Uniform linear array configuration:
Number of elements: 4
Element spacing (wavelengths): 1
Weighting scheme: hamming
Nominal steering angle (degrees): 30
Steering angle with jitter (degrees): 31.923
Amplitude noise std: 0.05
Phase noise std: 0.05

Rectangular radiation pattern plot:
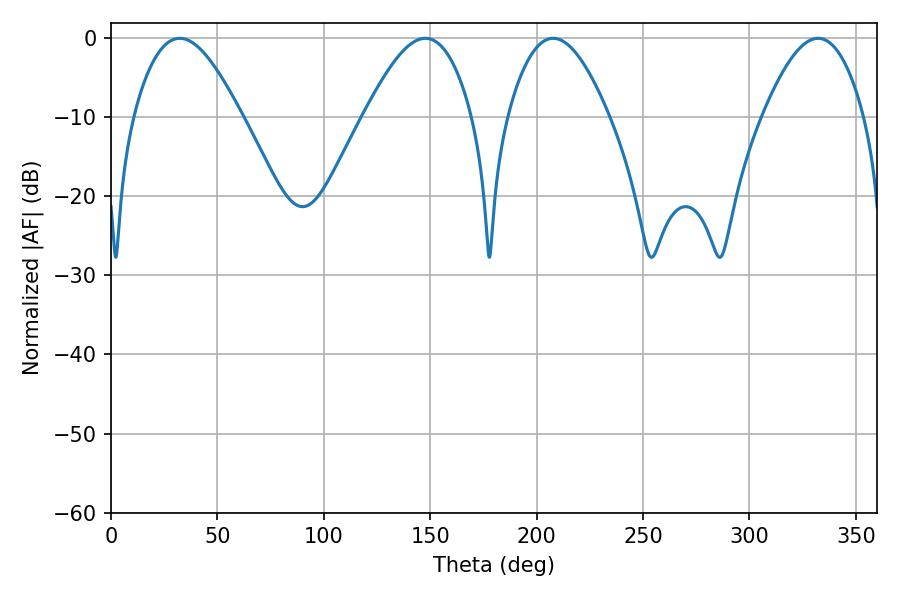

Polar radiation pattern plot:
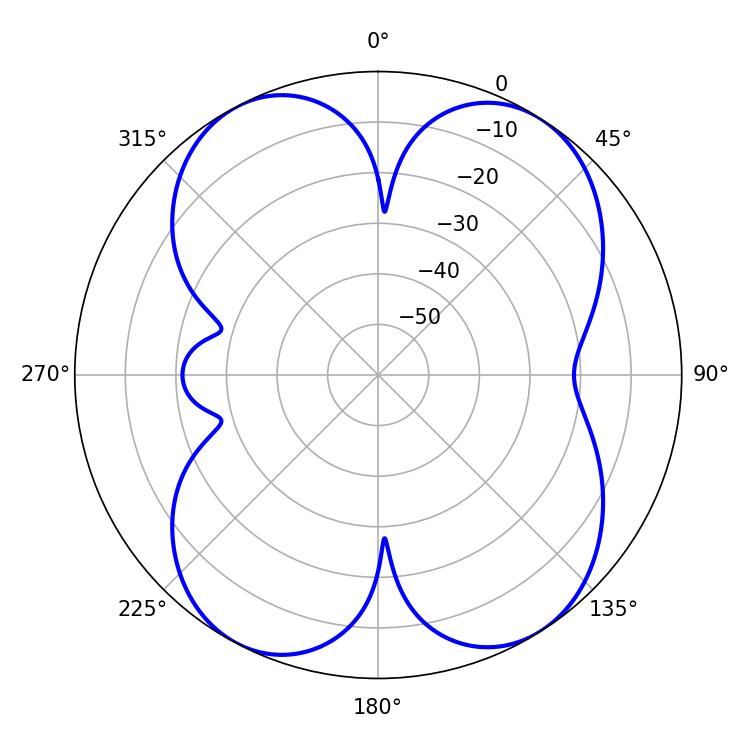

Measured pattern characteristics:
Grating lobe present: TRUE
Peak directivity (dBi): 12.453
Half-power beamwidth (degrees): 25.92
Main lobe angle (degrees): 207.72